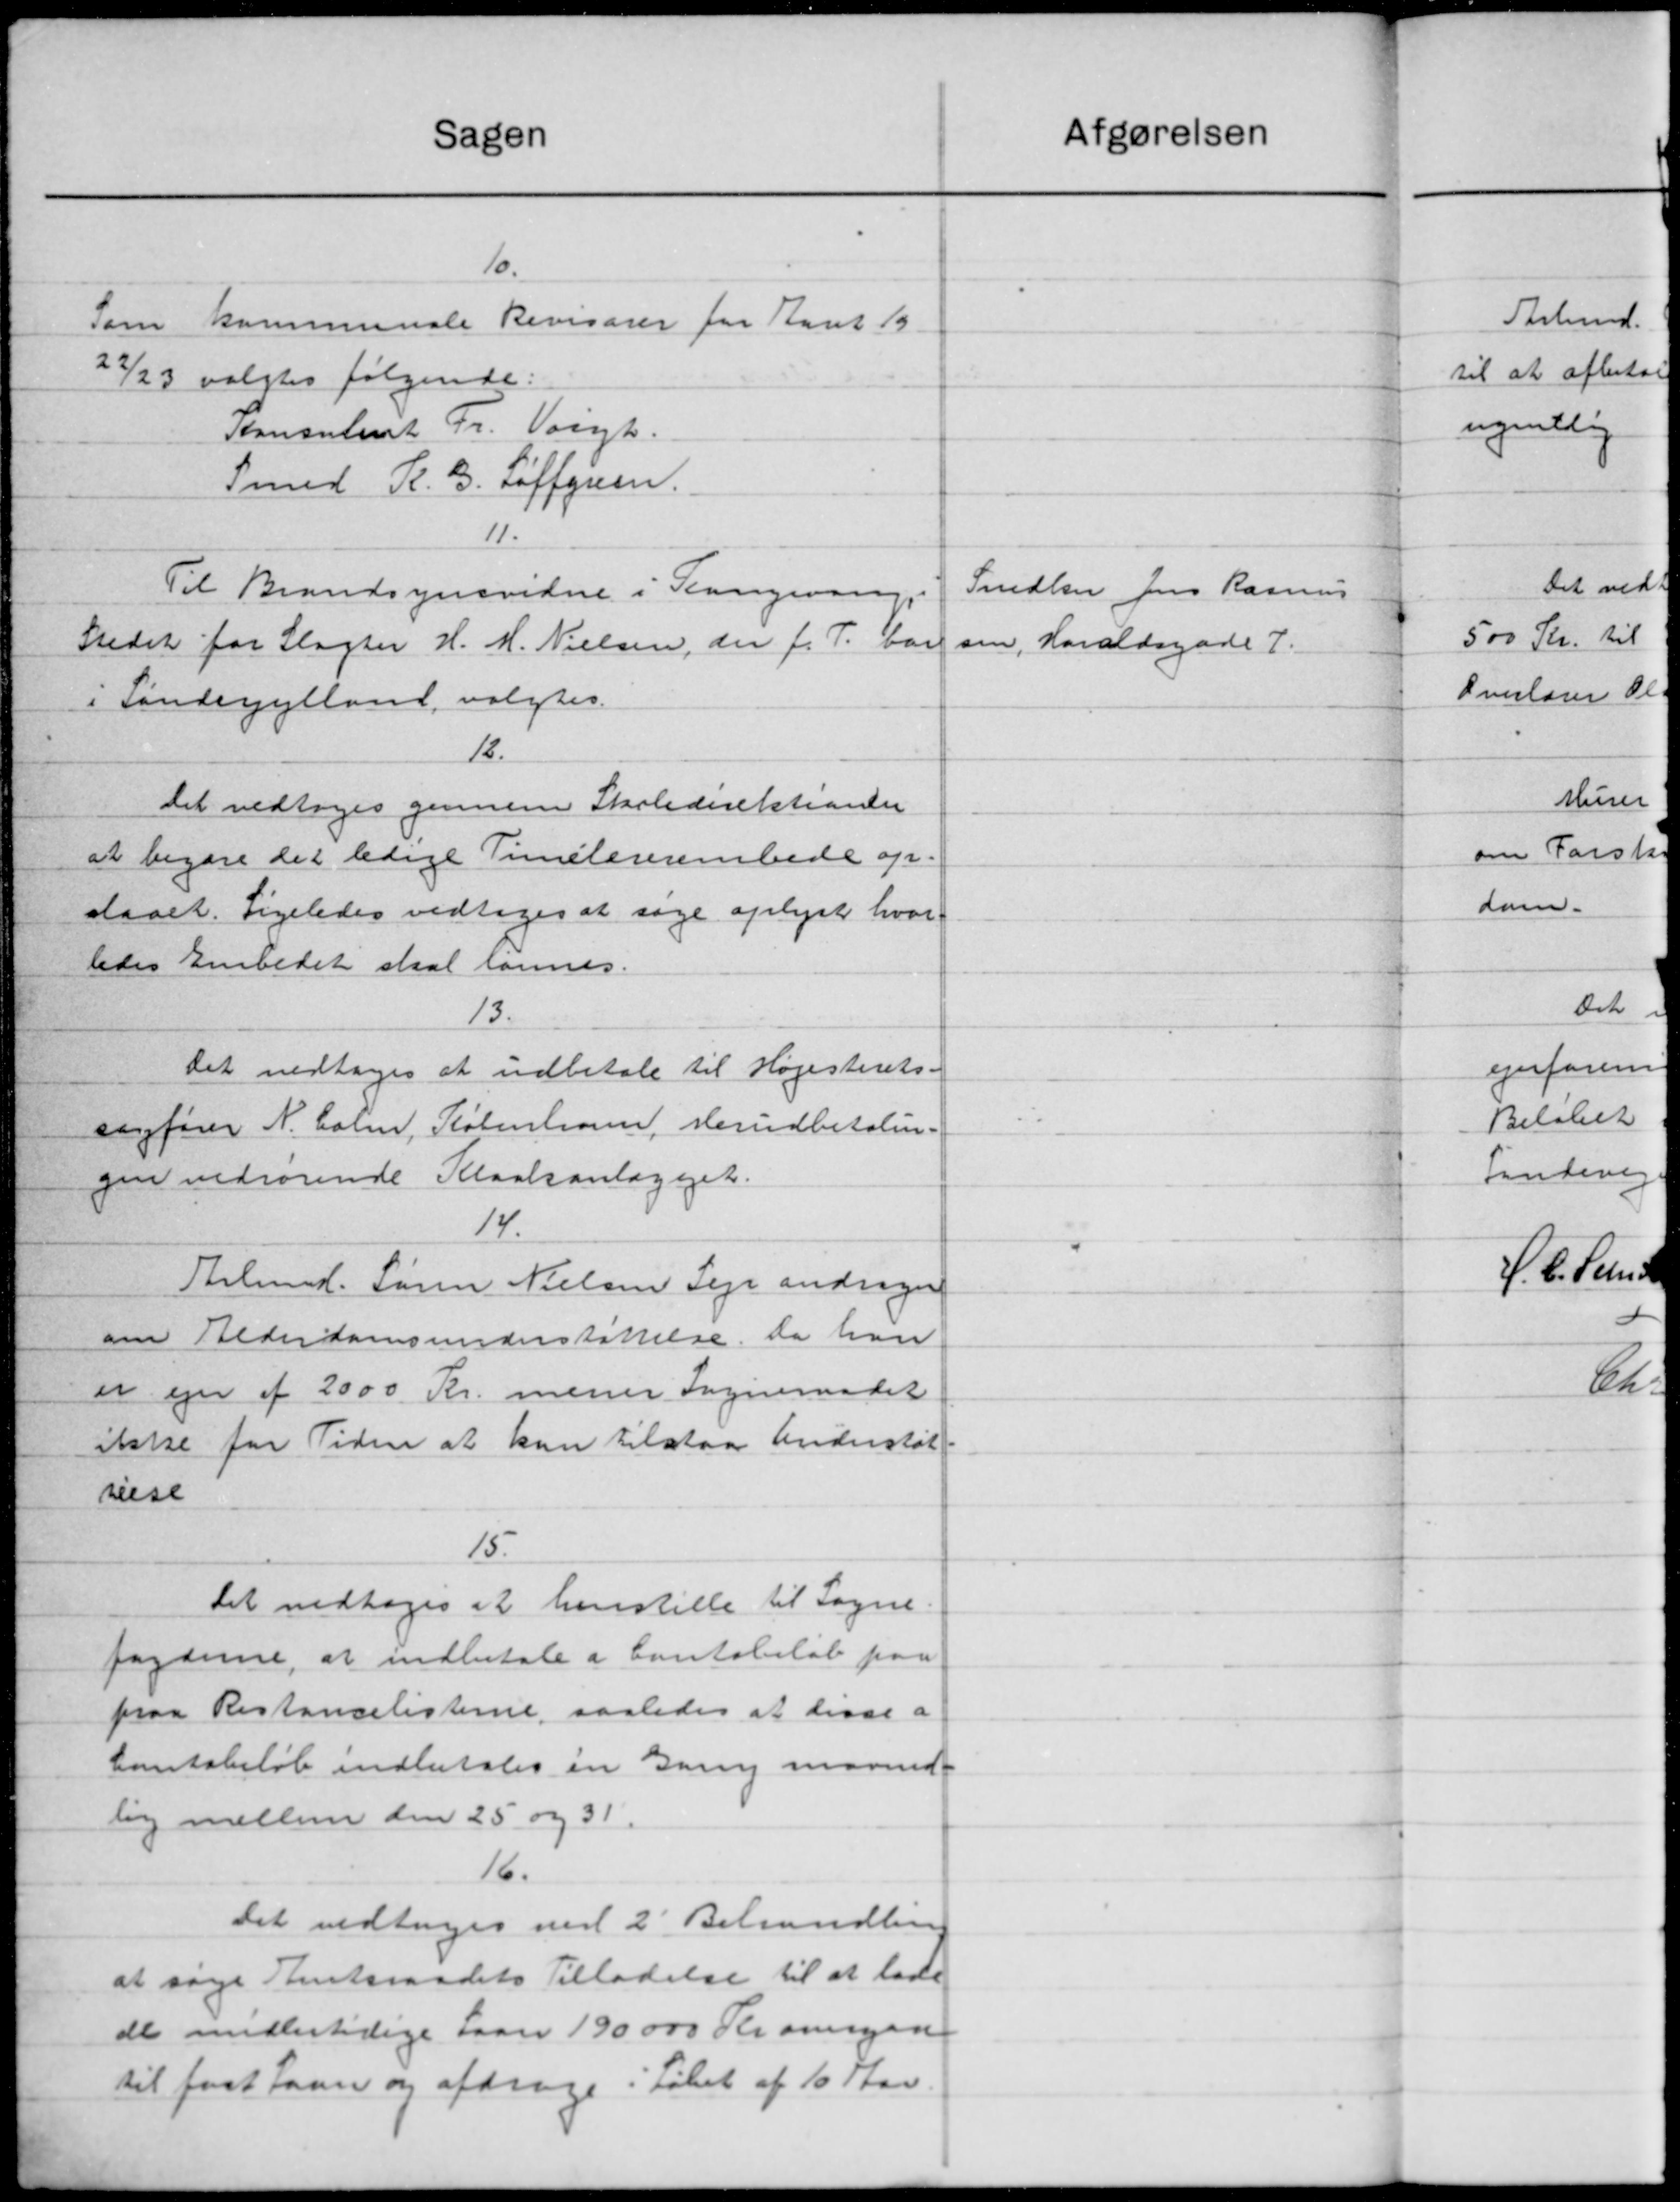
Transskription:
Sagen
10.
Som
kommunale Revisorer for Aaret 19
22/23 valgtes følgende:
Konsulent Fr. Voigt.
Smed K. B. Soffgien.
11.
Til Brandsynsvidne i Slangsvange
Stedet for Slagter H. M. Nielsen, der f. T. var
i Sønderjylland, valgtes.
12.
Det vedtoges gennem Skoledirektioner
at begære det ledige Timelærerembede op-
staaet. Ligeledes vedtoges at søge oplyst hvor
ledes Embedet skal lønnes.
13.
Det vedtoges at udbetale til Højesterets-
sagfører N. Holm, København, Herudbetaling
gen vedrørende Kloakanlægget.
14.
Slud. Søren Nielsen Leje andrager
om Alderdomsunderstøttelse, da han
er ejer af 2000 Kr. merer Sogneraadet
ikke for Tiden at kan tilstaa Understøt-
reise
15.
Det vedtoges at henstille til Sogne-
fogderne, at indbetale i Contebeløb paa
paa Restancelisterne saaledes at disse a
tetsbeløb indbetales en Gang maaned-
lig mellem den 25 og 31.
16.
Det vedtages ved 2' Behandling
at søge Amtsraadets Tilladelse til at lade
de midlertidige Laan 190000 Kr. overgaa
til fast Laan og afdrage i Løbet af 10 Aar